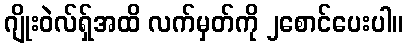
ဂျိုးဝဲလ်ရှ်အထိ လက်မှတ်ကို ၂စောင်ပေးပါ။